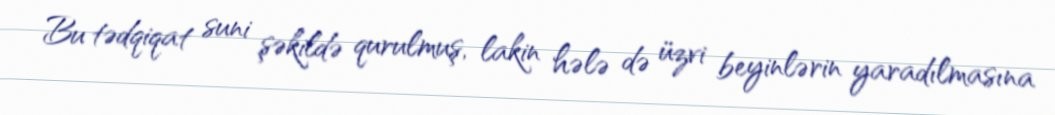
Bu tədqiqat suni şəkildə qurulmuş, lakin hələ də üzvi beyinlərin yaradılmasına